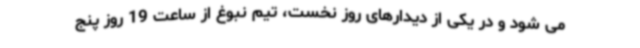
می شود و در یکی از دیدارهای روز نخست، تیم نبوغ از ساعت 19 روز پنج